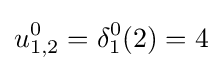
u_{1,2}^{0}=\delta _{1}^{0}(2)=4